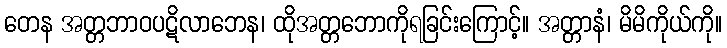
တေန အတ္တဘာဝပဋိလာဘေန၊ ထိုအတ္တဘောကိုရခြင်းကြောင့်။ အတ္တာနံ၊ မိမိကိုယ်ကို။